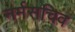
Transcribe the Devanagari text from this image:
नर्मसचिव